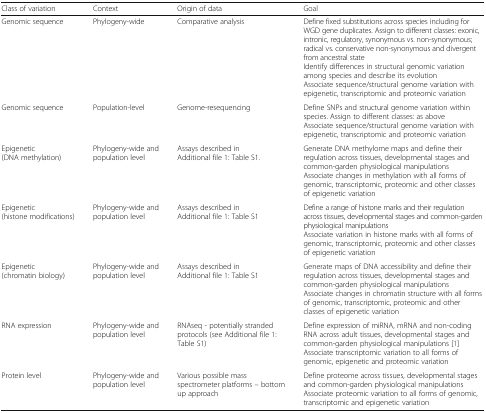
<table><thead><tr><td><b>Class of variation</b></td><td><b>Context</b></td><td><b>Origin of data</b></td><td><b>Goal</b></td></tr></thead><tbody><tr><td>Genomic sequence</td><td>Phylogeny-wide</td><td>Comparative analysis</td><td>Define fixed substitutions across species including for WGD gene duplicates. Assign to different classes: exonic, intronic, regulatory, synonymous vs. non-synonymous; radical vs. conservative non-synonymous and divergent from ancestral stateIdentify differences in structural genomic variation among species and describe its evolutionAssociate sequence/structural genome variation with epigenetic, transcriptomic and proteomic variation</td></tr><tr><td>Genomic sequence</td><td>Population-level</td><td>Genome-resequencing</td><td>Define SNPs and structural genome variation within species. Assign to different classes: as aboveAssociate sequence/structural genome variation with epigenetic, transcriptomic and proteomic variation</td></tr><tr><td>Epigenetic(DNA methylation)</td><td>Phylogeny-wide and population level</td><td>Assays described in Additional file 1: Table S1.</td><td>Generate DNA methylome maps and define their regulation across tissues, developmental stages and common-garden physiological manipulationsAssociate changes in methylation with all forms of genomic, transcriptomic, proteomic and other classes of epigenetic variation</td></tr><tr><td>Epigenetic(histone modifications)</td><td>Phylogeny-wide and population level</td><td>Assays described in Additional file 1: Table S1</td><td>Define a range of histone marks and their regulation across tissues, developmental stages and common-garden physiological manipulationsAssociate variation in histone marks with all forms of genomic, transcriptomic, proteomic and other classes of epigenetic variation</td></tr><tr><td>Epigenetic(chromatin biology)</td><td>Phylogeny-wide and population level</td><td>Assays described in Additional file 1: Table S1</td><td>Generate maps of DNA accessibility and define their regulation across tissues, developmental stages and common-garden physiological manipulationsAssociate changes in chromatin structure with all forms of genomic, transcriptomic, proteomic and other classes of epigenetic variation</td></tr><tr><td>RNA expression</td><td>Phylogeny-wide and population level</td><td>RNAseq - potentially stranded protocols (see Additional file 1: Table S1)</td><td>Define expression of miRNA, mRNA and non-coding RNA across adult tissues, developmental stages and common-garden physiological manipulations [1]Associate transcriptomic variation to all forms of genomic, epigenetic and proteomic variation</td></tr><tr><td>Protein level</td><td>Phylogeny-wide and population level</td><td>Various possible mass spectrometer platforms – bottom up approach</td><td>Define proteome across tissues, developmental stages and common-garden physiological manipulationsAssociate proteomic variation to all forms of genomic, transcriptomic and epigenetic variation</td></tr></tbody></table>